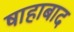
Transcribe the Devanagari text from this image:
षाहाबाद